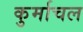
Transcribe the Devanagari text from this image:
कुर्माचल